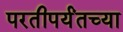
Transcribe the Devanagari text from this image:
परतीपर्यंतच्या